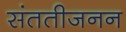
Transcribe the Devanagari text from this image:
संततीजनन